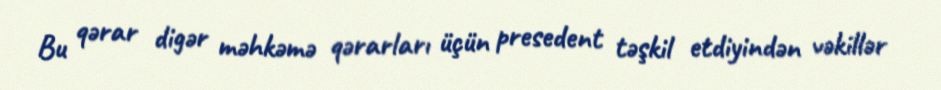
Bu qərar digər məhkəmə qərarları üçün presedent təşkil etdiyindən vəkillər